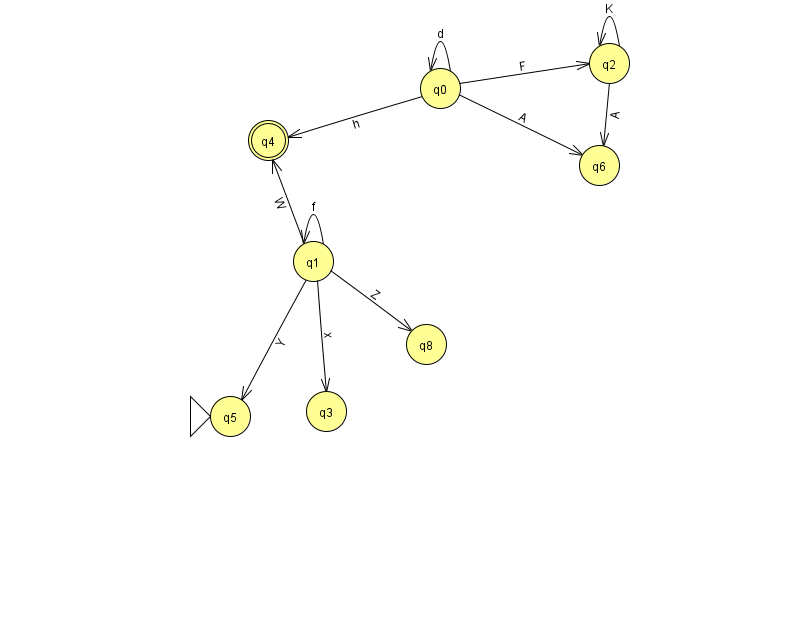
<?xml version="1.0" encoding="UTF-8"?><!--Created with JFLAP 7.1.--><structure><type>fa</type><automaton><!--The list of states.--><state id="0" name="q0"><x>440.0</x><y>75.0</y></state><state id="1" name="q1"><x>313.0</x><y>248.0</y></state><state id="2" name="q2"><x>609.0</x><y>50.0</y></state><state id="3" name="q3"><x>326.0</x><y>398.0</y></state><state id="4" name="q4"><x>268.0</x><y>127.0</y><final/></state><state id="5" name="q5"><x>230.0</x><y>403.0</y><initial/></state><state id="6" name="q6"><x>599.0</x><y>152.0</y></state><state id="8" name="q8"><x>426.0</x><y>331.0</y></state><!--The list of transitions.--><transition><from>0</from><to>0</to><read>d</read></transition><transition><from>1</from><to>1</to><read>f</read></transition><transition><from>2</from><to>6</to><read>A</read></transition><transition><from>0</from><to>2</to><read>F</read></transition><transition><from>0</from><to>6</to><read>A</read></transition><transition><from>1</from><to>4</to><read>W</read></transition><transition><from>2</from><to>2</to><read>K</read></transition><transition><from>1</from><to>3</to><read>x</read></transition><transition><from>1</from><to>5</to><read>Y</read></transition><transition><from>1</from><to>8</to><read>Z</read></transition><transition><from>0</from><to>4</to><read>h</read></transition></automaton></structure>